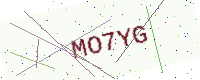
Text: MO7YG